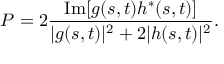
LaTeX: P = 2 { \frac { \mathrm { I m } [ g ( s , t ) h ^ { \ast } ( s , t ) ] } { | g ( s , t ) | ^ { 2 } + 2 | h ( s , t ) | ^ { 2 } } } .